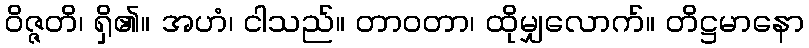
ဝိဇ္ဇတိ၊ ရှိ၏။ အဟံ၊ ငါသည်။ တာဝတာ၊ ထိုမျှလောက်။ တိဋ္ဌမာနော